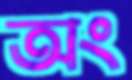
অং